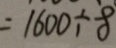
= 1 6 0 0 \div 8